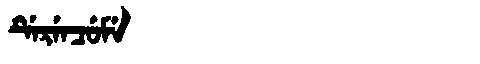
Manchu: ᡩᡝᡵᡝᠨᠴᡠᠮᡝ
Romanization: DERENCUME